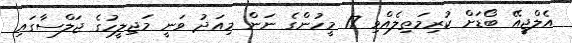
އެލްޖީއޭ ބޯޑަށް ކުރިމަތިލެއްވި 17 މީހުންގެ ނަން މިއަދު ވަނީ މަޖިލީހުގެ ޖަލްސާގައި